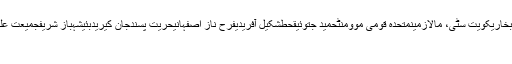
عمران خان مہمندرانا ثناء اللہلاہور سٹاک ایکسچینجعامر سہیلسیّد عطاالمحیمن بخاریکویت سٹی، مالازمینمتحدہ قومی موومنٹحمید جتوئیقحطشکیل آفریدیفرح ناز اصفہانیحریت پسندجان کیریدبئیشہباز شریفجمیعت علماء اسلامصاحبزادہ حاجی فضل کریمسٹیل ملذکا اشرفسانحہ آرمی پبلک سکول
سرگودہا (اُردو پوائنٹ اخبارتازہ ترین۔